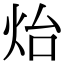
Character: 炲